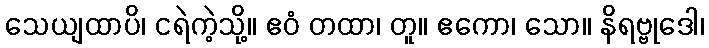
သေယျထာပိ၊ ငရဲကဲ့သို့။ ဧဝံ တထာ၊ တူ။ ဧကော၊ သော။ နိရဗ္ဗုဒေါ၊